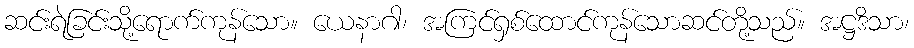
ဆင်းရဲခြင်းသို့ရောက်ကုန်သော။ ယေနာဂါ၊ အကြင်ရှစ်ထောင်ကုန်သောဆင်တို့သည်။ အဋ္ဌဒိသာ၊